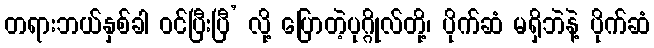
တရားဘယ်နှစ်ခါ ဝင်ပြီးပြီ’ လို့ ပြောတဲ့ပုဂ္ဂိုလ်တို့၊ ပိုက်ဆံ မရှိဘဲနဲ့ ပိုက်ဆံ